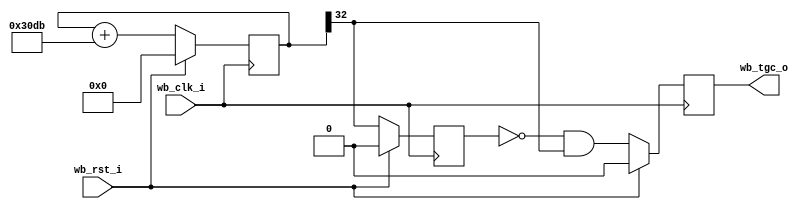
 /*
  *  Phase accumulator clock:
  *   Fo = Fc * N / 2^bits
  *   here N: 12507 and bits: 32
  *   it gives a frequency of 18.200080376 Hz
  */

module timer #(
    parameter res   = 33,   // bit resolution (default: 33 bits)
    parameter phase = 12507 // phase value for the counter
  )
  (
    // Wishbone slave interface
    input      wb_clk_i,
    input      wb_rst_i,
    output reg wb_tgc_o   // intr
  );

  // Registers and nets
  reg [res-1:0] cnt;
  reg           old_clk2;
  wire          clk2;

  // Continuous assignments
  assign clk2 = cnt[res-1];

  // Behaviour
  // cnt
  always @(posedge wb_clk_i)
    cnt <= wb_rst_i ? 0 : (cnt + phase);

  // old_clk2
  always @(posedge wb_clk_i)
    old_clk2 <= wb_rst_i ? 1'b0 : clk2;

  // intr
  always @(posedge wb_clk_i)
    wb_tgc_o <= wb_rst_i ? 1'b0 : (!old_clk2 & clk2);

endmodule